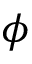
\phi